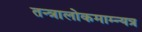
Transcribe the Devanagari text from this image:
तन्त्रालोकमाम्न्यत्र